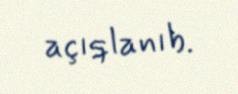
açıqlanıb.